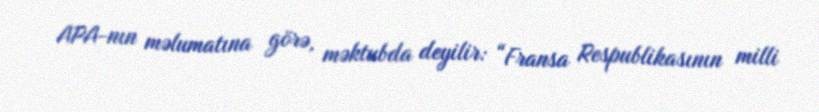
APA-nın məlumatına görə, məktubda deyilir: “Fransa Respublikasının milli